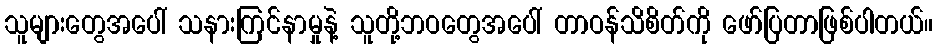
သူများတွေအပေါ် သနားကြင်နာမှုနဲ့ သူတို့ဘဝတွေအပေါ် တာဝန်သိစိတ်ကို ဖော်ပြတာဖြစ်ပါတယ်။